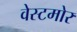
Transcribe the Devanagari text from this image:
वेस्टमोर